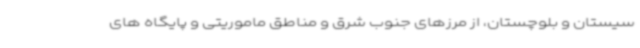
سیستان و بلوچستان، از مرزهای جنوب شرق و مناطق ماموریتی و پایگاه های